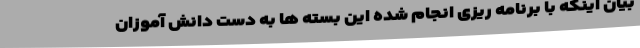
بیان اینکه با برنامه ریزی انجام شده این بسته ها به دست دانش آموزان